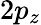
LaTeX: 2p_{z}